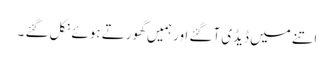
اتنے میں ڈیڈی آگئے اور ہمیں گھورتے ہوئے نکل گئے ۔